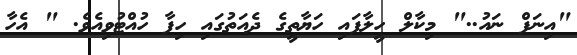
"އިނަފް ނައު.." މިކާލް ހީލާފައި ހަޔާތީގެ ދެއަތުގައި ހިފާ ހުއްޓުވިއެވެ. " އެހާ